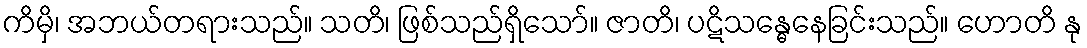
ကိမှိ၊ အဘယ်တရားသည်။ သတိ၊ ဖြစ်သည်ရှိသော်။ ဇာတိ၊ ပဋိသန္ဓေနေခြင်းသည်။ ဟောတိ နု